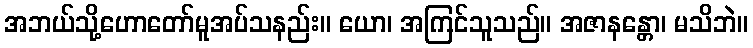
အဘယ်သို့ဟောတော်မူအပ်သနည်း။ ယော၊ အကြင်သူသည်။ အဇာနန္တော၊ မသိဘဲ။